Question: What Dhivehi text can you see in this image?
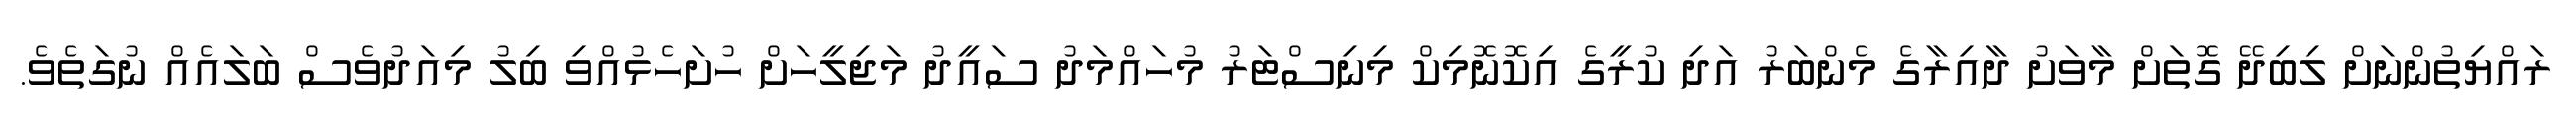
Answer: ރައްޔިތުންނަށް ލިބިދޭ ގޮތަށް މާވަށު ދާއިރާގެ މެންބަރު އަދި ކުރީގެ އިކޮނޮމިކް މިނިސްޓަރު މުހައްމަދު ސައީދު މަޖިލީހަށް ހުށަހެޅުއްވި ބިލު މިއަދުވެސް ބަލައެއް ނުގަތެވެ.